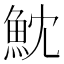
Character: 魫